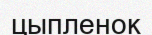
цыпленок